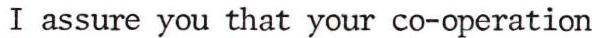
I assure you that your co-operation